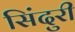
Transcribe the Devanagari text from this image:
सिंदुरी